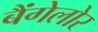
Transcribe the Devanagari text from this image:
बैंगेलोर